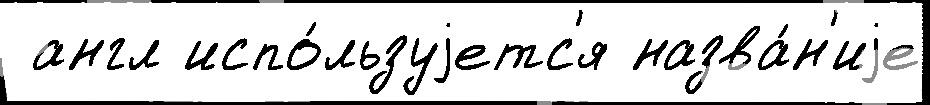
 англ испо́льзуjетс'я назва́н'иjе